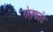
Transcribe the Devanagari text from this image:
गेलफाँड